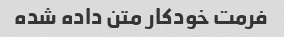
فرمت خودکار متن داده شده